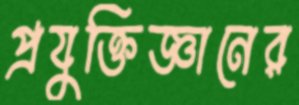
প্রযুক্তিজ্ঞানের